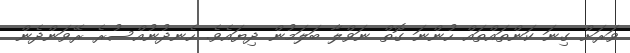
ވަރަށް ގިނަ ކަންތައްތައް ހުންނަ ގޮތް ނަވްލާ ބަލަމުން ދިޔައެވެ. ހެނދުނުއްސުރެ ރޭވަންދެން